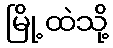
မြို့ထဲသို့